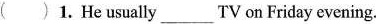
( )1. He usually___TVon Friday evening.